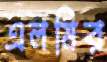
এলমির